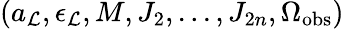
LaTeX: (a_{\cal L},\epsilon_{\cal L},M,J_{2},...,J_{2n},\Omega_{\mathrm{obs}})